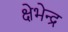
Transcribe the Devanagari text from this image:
क्षेभेन्द्र